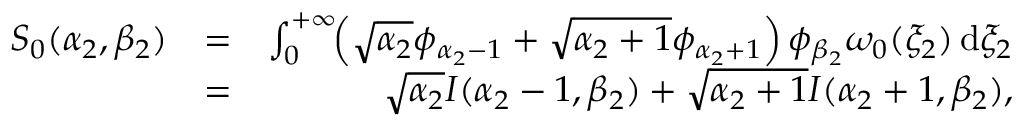
\begin{array} { r l r } { S _ { 0 } ( \alpha _ { 2 } , \beta _ { 2 } ) } & { = } & { \int _ { 0 } ^ { + \infty } \! \! \left( \sqrt { \alpha _ { 2 } } \phi _ { \alpha _ { 2 } - 1 } + \sqrt { \alpha _ { 2 } + 1 } \phi _ { \alpha _ { 2 } + 1 } \right) \phi _ { \beta _ { 2 } } \omega _ { 0 } ( \xi _ { 2 } ) \, \mathrm { d } \xi _ { 2 } } \\ & { = } & { \sqrt { \alpha _ { 2 } } I ( \alpha _ { 2 } - 1 , \beta _ { 2 } ) + \sqrt { \alpha _ { 2 } + 1 } I ( \alpha _ { 2 } + 1 , \beta _ { 2 } ) , } \end{array}